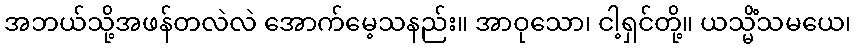
အဘယ်သို့အဖန်တလဲလဲ အောက်မေ့သနည်း။ အာဝုသော၊ ငါ့ရှင်တို့။ ယသ္မိံသမယေ၊